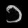
Digit: ၁